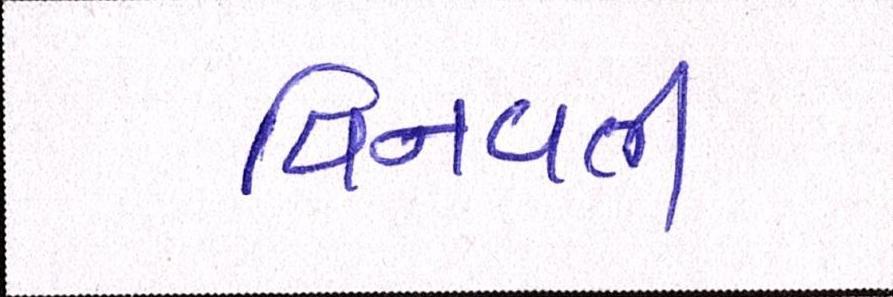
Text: વિનવતી